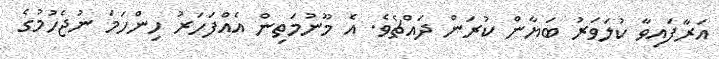
އަރާފައިވާ ކުލަވަރު ބަޔާން ކުރަން ދައްޗެވެ. އެ މޫނުމަތިން އެއްފަހަރު ހިންހަމަ ނުޖެހުމުގެ